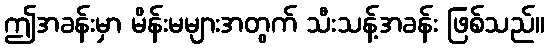
ဤအခန်းမှာ မိန်းမများအတွက် သီးသန့်အခန်း ဖြစ်သည်။